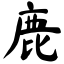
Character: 鹿